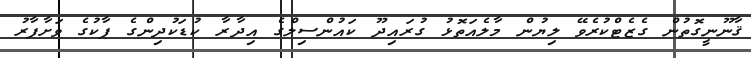
ޤާނޫނީގޮތުން ގެޒެޓްކުރެވޭ ލިޔުން މާލެއަތޮޅު ގުރައިދޫ ކައުންސިލްގެ އިދާރާ ކުޑަކުދިންގެ ޕާކުގެ ވަށާފާރު